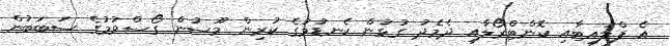
އެ ފްލައިޓާއި ކޮންޓްރޯލާއި ދެމެދު ގުޅުން ކެނޑުމުގެ ކުރިން މޫސުން ގޯސްވުމުގެ ސަބަބުން